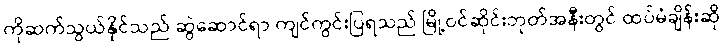
ကိုဆက်သွယ်နိုင်သည် ဆွဲဆောင်ရာ ကျင်ကွင်းပြရသည် မြို့ဝင်ဆိုင်းဘုတ်အနီးတွင် ထပ်မံချိန်းဆို